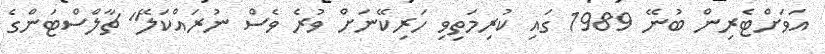
އަވަށްޓެރިން ބުނޭ 1989 ގައި ކުރިމަތިވި ހަރިކޭނަށް ވުރެ ވެސް ނުރައްކަލޭ" ޗާލްސްޓަންގެ